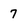
Character: 7